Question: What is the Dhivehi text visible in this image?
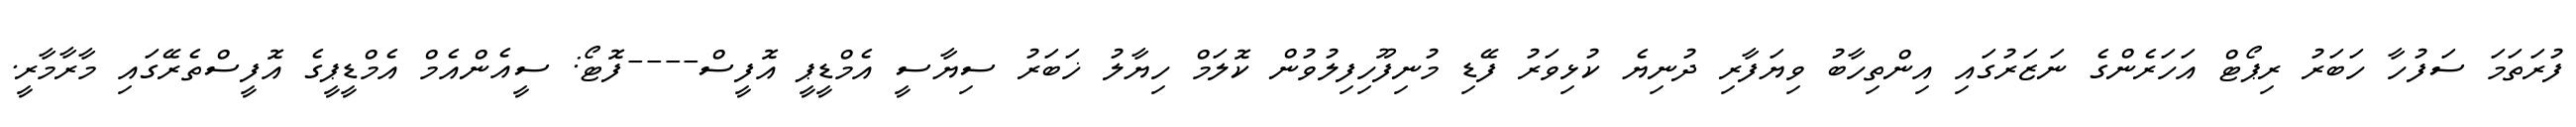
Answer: ފުރަތަމަ ސަފުހާ ހަބަރު ރިޕޯޓް އަހަރެންގެ ނަޒަރުގައި އިންތިހާބު ވިޔަފާރި ދުނިޔެ ކުޅިވަރު ފޭޑި މުނިފޫހިފިލުވުން ކޮލަމް ހިޔާލު ޚަބަރު ސިޔާސީ އެމްޑީޕީ އޮފީސް----ފޮޓޯ: ސީއެންއެމް އެމްޑީޕީގެ އޮފީސްތެރޭގައި މާރާމާރީ.